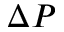
\Delta P